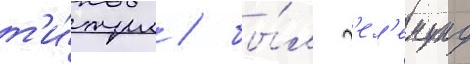
т'и́тул / бы́л г'ел'емунд